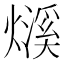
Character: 𤐓